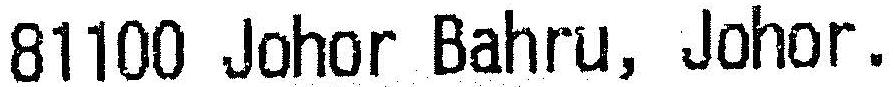
81100 JOHOR BAHRU, JOHOR.